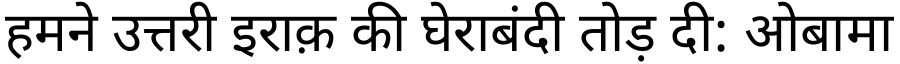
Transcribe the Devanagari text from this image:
हमने उत्तरी इराक़ की घेराबंदी तोड़ दी: ओबामा